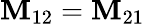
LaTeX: \mathbf{M}_{12}=\mathbf{M}_{21}